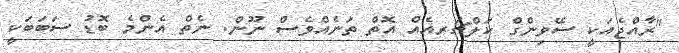
"ރާއްޖެއަކީ ސޭވިންގް ކަލްޗަރއެއް އޮތް ތަނެއްވެސް ނޫން. ނެތް އެންމެ ބޮޑު ސަބަބަކީ